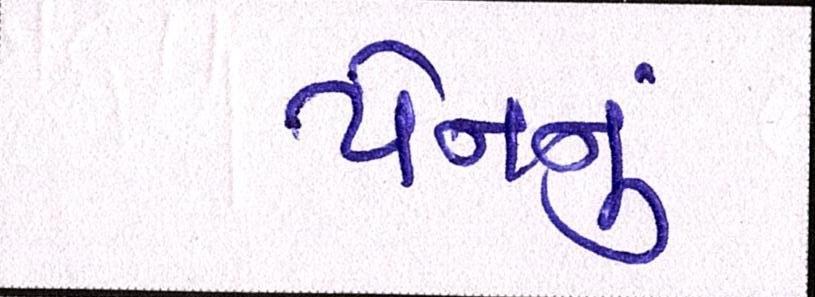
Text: યેનનું